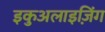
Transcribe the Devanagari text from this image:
इकुअलाइज़िंग